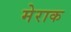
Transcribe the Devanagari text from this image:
मेराक